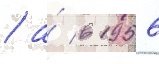
/ а́ в 1956